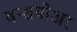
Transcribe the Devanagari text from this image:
वन्समोअर